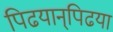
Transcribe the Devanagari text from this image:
पिढयान्‌पिढया